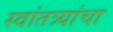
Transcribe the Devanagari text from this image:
स्वांतत्र्यांचा